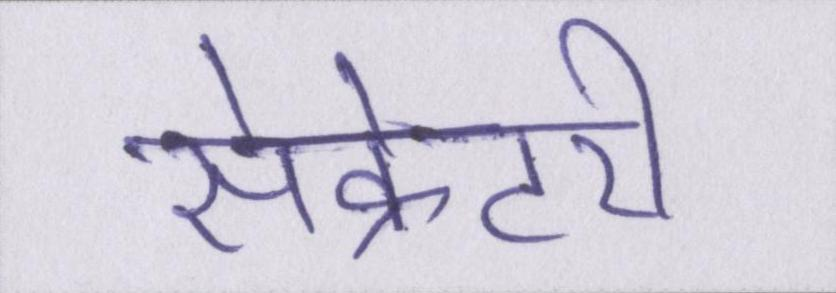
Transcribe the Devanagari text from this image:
सेक्रेटरी